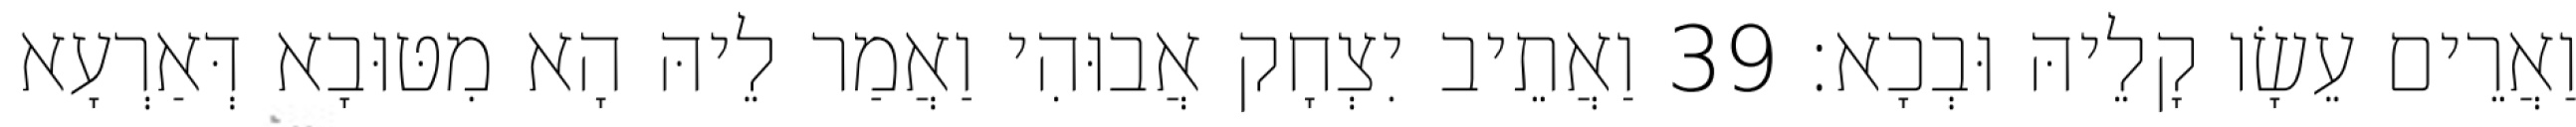
וַאֲרֵים עֵשָׂו קָלֵיהּ וּבְכָא׃ 39 וַאֲתֵיב יִצְחָק אֲבוּהִי וַאֲמַר לֵיהּ הָא מִטּוּבָא דְּאַרְעָא